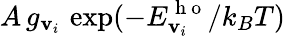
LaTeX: A\, g_{\mathbf{v}_{i}}\, \exp(-E_{\mathbf{v}_{i}}^{\mathrm{{~h~o~}}}/k_{B}T)